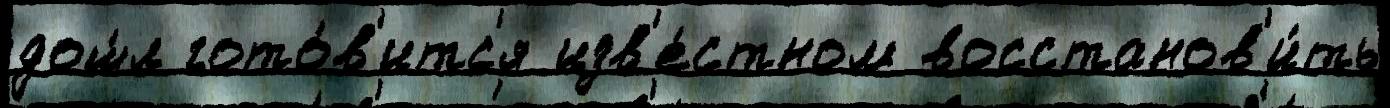
дош́л гото́в'итс'я изв'е́стном восстанов'и́ть